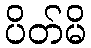
ပိတ်မိ